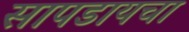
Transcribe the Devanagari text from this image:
सापडायचा